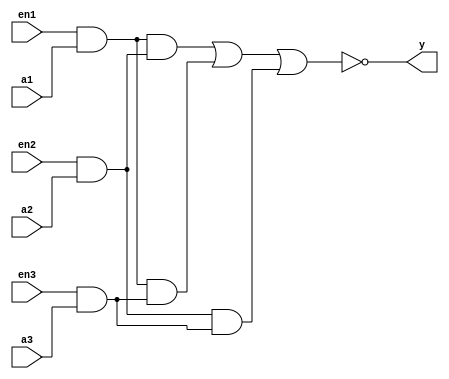
`timescale 1ns/1ps
`default_nettype none

module tmv(
    output wire y,
    input wire en1,
    input wire en2,
    input wire en3,
    input wire a1,
    input wire a2,
    input wire a3
);

wire int_a1;
wire int_a2;
wire int_a3;

assign int_a1 = en1 & a1;
assign int_a2 = en2 & a2;
assign int_a3 = en3 & a3;

assign y = ~((int_a1 & int_a2) | (int_a1 & int_a3) | (int_a2 & int_a3));

endmodule
`default_nettype wire